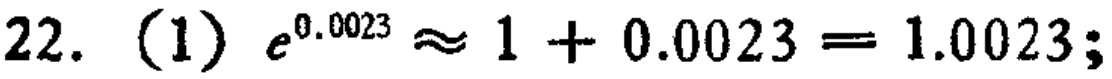
\(22.\ (1)\ e^{0.0023}\approx 1 + 0.0023 = 1.0023;\)